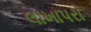
લાખાપરા